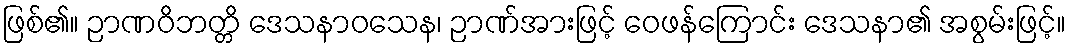
ဖြစ်၏။ ဉာဏဝိဘတ္တိ ဒေသနာဝသေန၊ ဉာဏ်အားဖြင့် ဝေဖန်ကြောင်း ဒေသနာ၏ အစွမ်းဖြင့်။